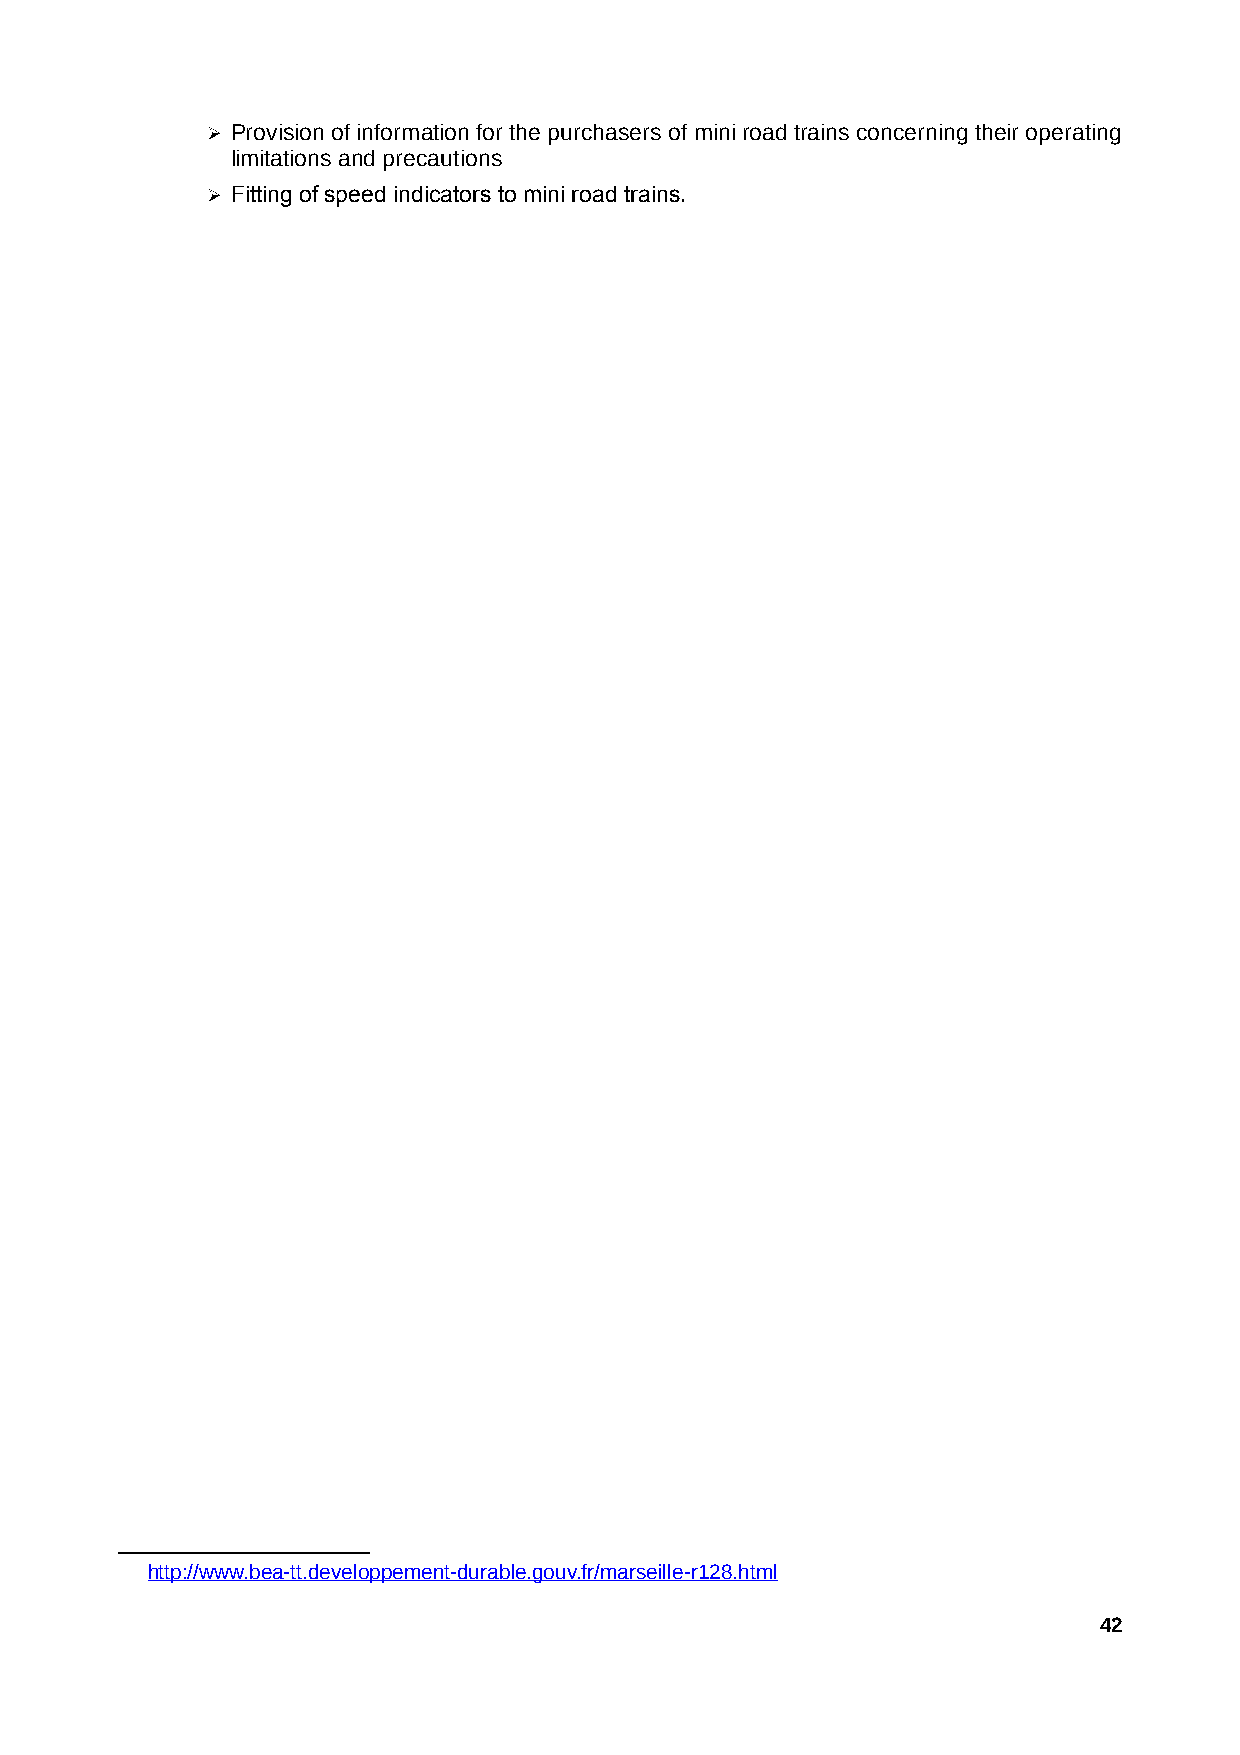
➢ Provision of information for the purchasers of mini road trains concerning their operating
 limitations and precautions
 ➢ Fitting of speed indicators to mini road trains.
 http://www.bea-tt.developpement-durable.gouv.fr/marseille-r128.htm l
 42